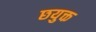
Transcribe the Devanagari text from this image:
छयुक्त